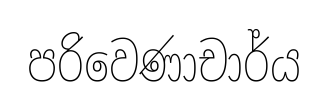
පරිවෙණාචාර්ය